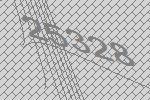
25328